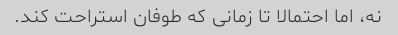
نه، اما احتمالا تا زمانی که طوفان استراحت کند.